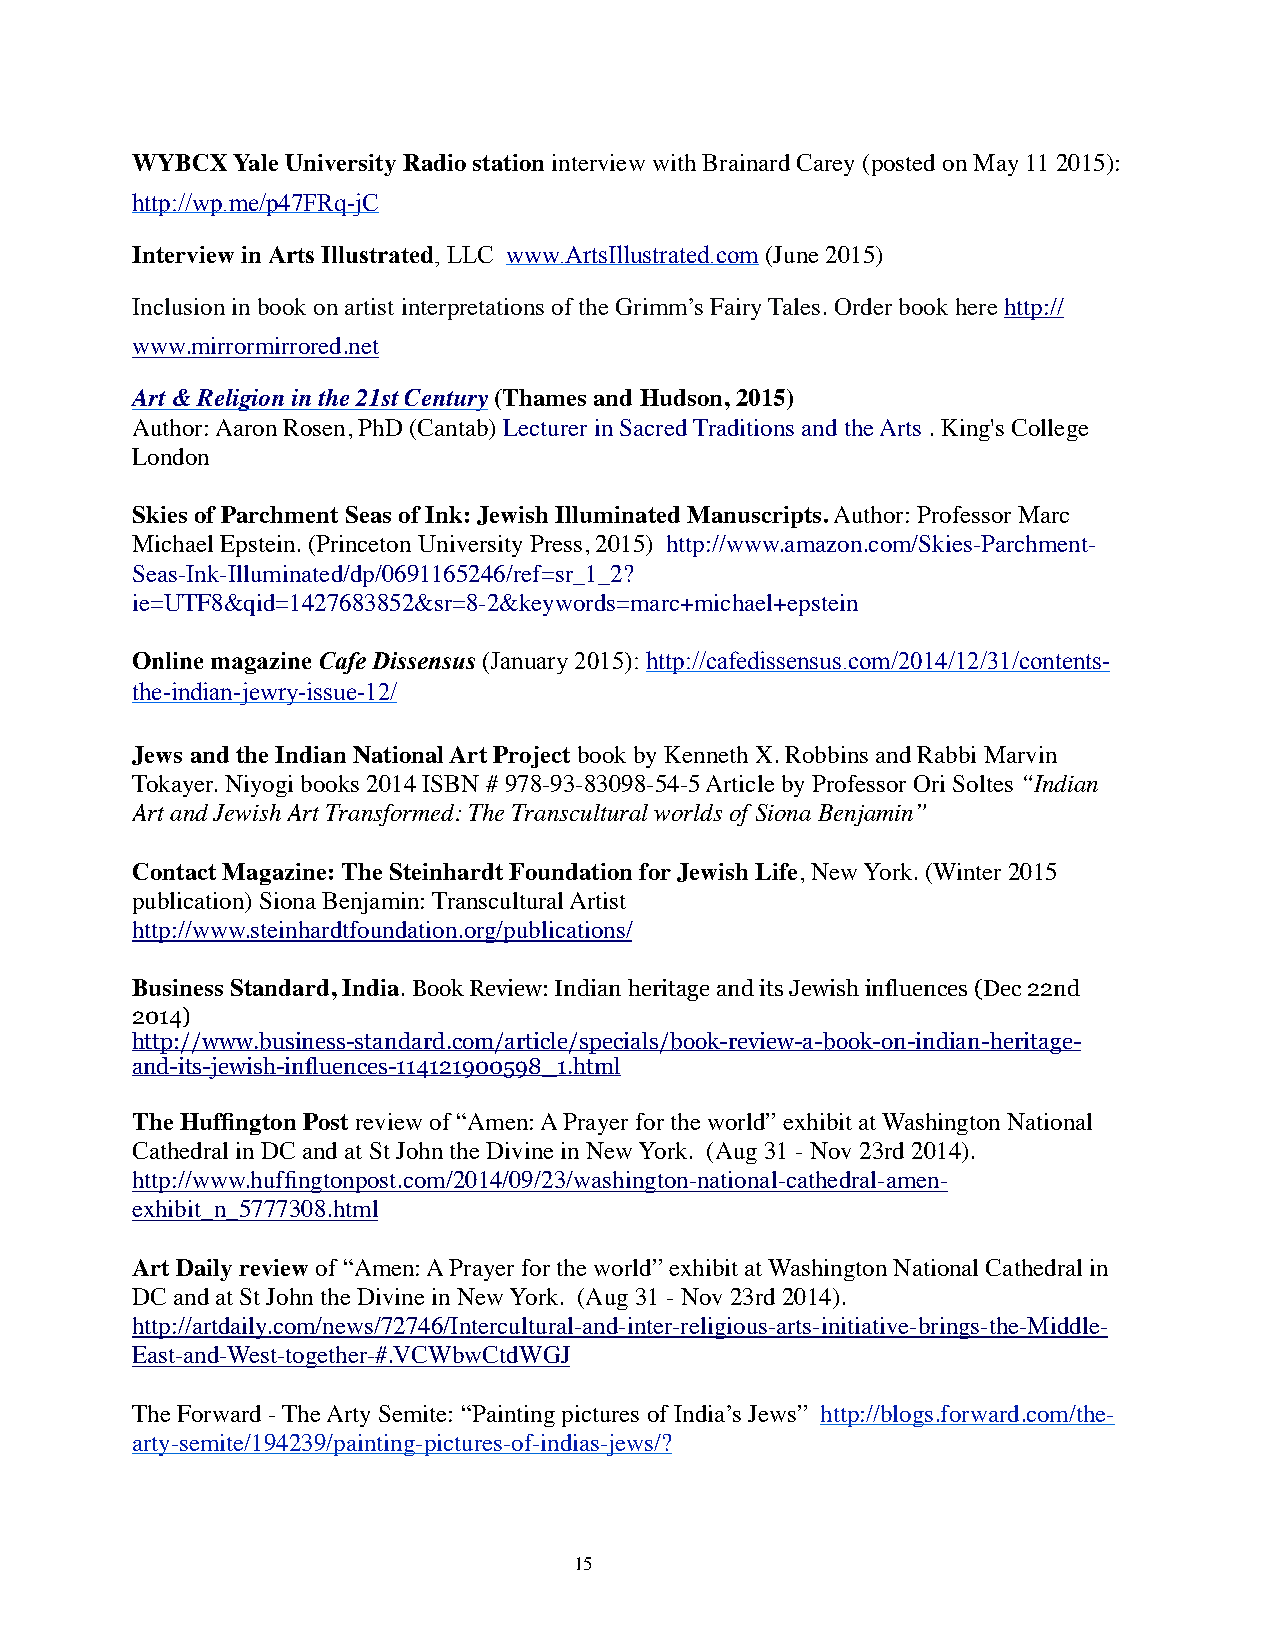
WYBCX Yale University Radio station interview with Brainard Carey (posted on May 11 2015):
 http://wp.me/p47FRq-jC
 Interview in Arts Illustrated, LLC www.ArtsIllustrated.com (June 2015)
 Inclusion in book on artist interpretations of the Grimm’s Fairy Tales. Order book here http://
 www.mirrormirrored.net
 Art & Religion in the 21st Century (Thames and Hudson, 2015)
 Author: Aaron Rosen, PhD (Cantab) Lecturer in Sacred Traditions and the Arts . King's College
 London
 Skies of Parchment Seas of Ink: Jewish Illuminated Manuscripts. Author: Professor Marc
 Michael Epstein. (Princeton University Press, 2015) http://www.amazon.com/Skies-Parchment-
 Seas-Ink-Illuminated/dp/0691165246/ref=sr_1_2?
 ie=UTF8&qid=1427683852&sr=8-2&keywords=marc+michael+epstein
 Online magazine Cafe Dissensus (January 2015): http://cafedissensus.com/2014/12/31/contents-
 the-indian-jewry-issue-12/
 Jews and the Indian National Art Project book by Kenneth X. Robbins and Rabbi Marvin
 Tokayer. Niyogi books 2014 ISBN # 978-93-83098-54-5 Article by Professor Ori Soltes “Indian
 Art and Jewish Art Transformed: The Transcultural worlds of Siona Benjamin”
 Contact Magazine: The Steinhardt Foundation for Jewish Life, New York. (Winter 2015
 publication) Siona Benjamin: Transcultural Artist
 http://www.steinhardtfoundation.org/publications/
 Business Standard, India. Book Review: Indian heritage and its Jewish influences (Dec 22nd
 2014)
 http://www.business-standard.com/article/specials/book-review-a-book-on-indian-heritage-
 and-its-jewish-influences-114121900598_1.html
 The Huffington Post review of “Amen: A Prayer for the world” exhibit at Washington National
 Cathedral in DC and at St John the Divine in New York. (Aug 31 - Nov 23rd 2014).
 http://www.huffingtonpost.com/2014/09/23/washington-national-cathedral-amen-
 exhibit_n_5777308.html
 Art Daily review of “Amen: A Prayer for the world” exhibit at Washington National Cathedral in
 DC and at St John the Divine in New York. (Aug 31 - Nov 23rd 2014).
 http://artdaily.com/news/72746/Intercultural-and-inter-religious-arts-initiative-brings-the-Middle-
 East-and-West-together-#.VCWbwCtdWGJ
 The Forward - The Arty Semite: “Painting pictures of India’s Jews” http://blogs.forward.com/the-
 arty-semite/194239/painting-pictures-of-indias-jews/?
 15